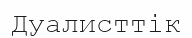
Дуалисттік